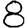
Digit: 8